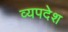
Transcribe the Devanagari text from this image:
व्यपदेश